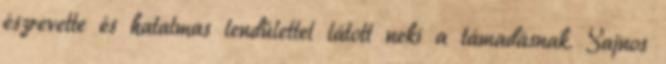
észrevette és hatalmas lendülettel látott neki a támadásnak. Sajnos